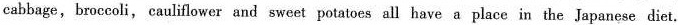
cabbage, broccoli, caulflower and sweet potatoes all have a place in the Japanese diet.